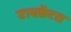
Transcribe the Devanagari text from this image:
डायफ्रैंटस